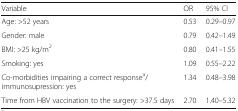
| Variable | OR | 95% CI |
 | --- | --- | --- |
 | Age: >52 years | 0.53 | 0.29–0.97 |
 | Gender: male | 0.79 | 0.42–1.49 |
 | BMI: >25 kg/m2 | 0.80 | 0.41–1.55 |
 | Smoking: yes | 1.09 | 0.55–2.22 |
 | Co-morbidities impairing a correct responsea/ immunosupression: yes | 1.34 | 0.48–3.98 |
 | Time from HBV vaccination to the surgery: >37.5 days | 2.70 | 1.40–5.32 |